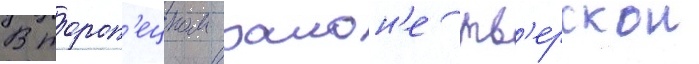
В тороп'ецком раион'е тв'ерскои